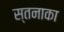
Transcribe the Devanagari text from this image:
स्तनाका